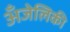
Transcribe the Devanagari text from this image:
अँजेलिकी